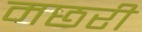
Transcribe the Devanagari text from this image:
मछरी